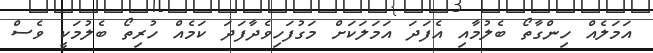
އަމަލެއް ހިންގާތޯ ބެލުމާއި އެފަދަ އަމަލަކަށް މަގުފަހިވެދާފަދަ ކަމެއް ހުރިތޯ ބެލުމަކީ ވެސް